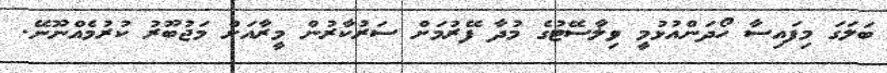
ބަލަގަ މިފައިސާ ހޯދަންއުޅުމީ ވިލާސޭޓުގެ މުދާ ފޭރުމަށް ސަރުކާރުން މީރާއަށް މަޖުބޫރު ކުރުމެއްނޫނޭ.